Report of the King Institute of Preventive Medicine, Guindy
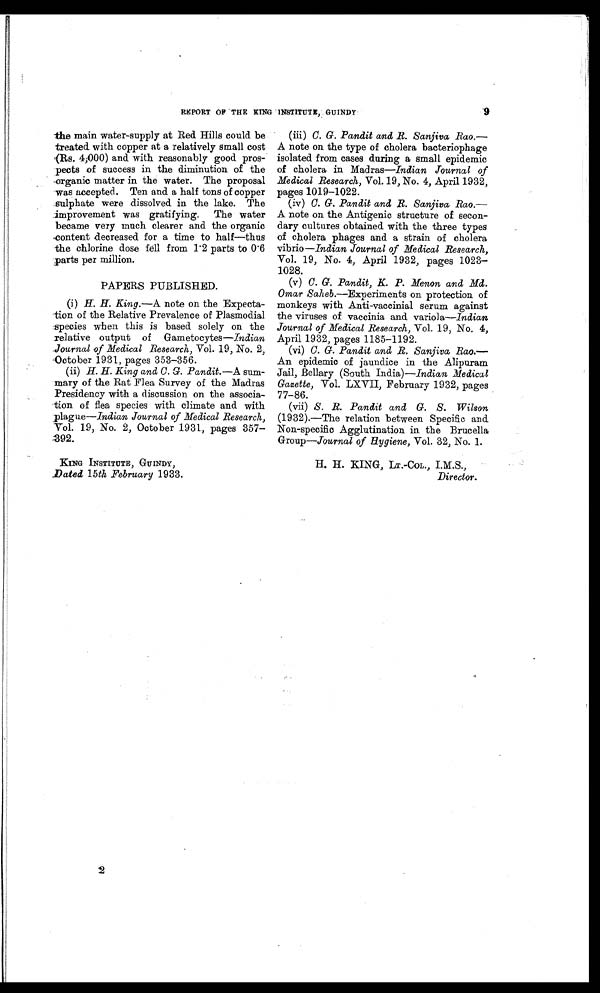
9
REPORT OF THE KING INSTITUTE, GUINDY
the main water-supply at Red Hills could be
treated with copper at a relatively small cost
(Rs. 4,000) and with reasonably good pros--
pects of success in the diminution of the
organic matter in the water. The proposal
was accepted. Ten and a half tons of copper
sulphate were dissolved in the lake. The
improvement was gratifying. The water
became very much clearer and the organic
content decreased for a time to half—thus
the chlorine dose féll from 1.2 parts to 0.6
parts per million.
PAPERS PUBLISHED.
(i) H. H. King.—A note on the Expecta--
tion of the Relative Prevalence of Plasmodial
species when this is based solely on the
relative output of Gametocytes— Indian
Journal of Medical Research, Vol. 19, No. 2,
October 1931, pages 353-356.
(ii)
H . H . K i n g a n d C . G . P a n d i t . —A sum--
mary of the Rat Flea Survey of the Madras
Presidency with a discussion on the associa--
tion of flea species with climate and with
plague—Indian Journal of Medical Research,
Vol. 19, No. 2, October 1931, pages 357-
392.
KING INSTITUTE, GUINDY,
Dated 15th February 1933.
(iii) C. G. Pandit and R. Sanjiva Rao.—
A note on the type of cholera bacteriophage
isolated from cases during a small epidemic
of cholera in Madras—Indian Journal of
Medical Research, Vol. 19, No. 4, April 1932,
pages 1019-1022.
(iv) C. G. Pandit and R. Sanjiva Rao.—
A note on the Antigenic structure of secon--
dary cultures obtained with the three types
of cholera phages and a strain of cholera
vibrio—Indian Journal of Medical Research,
Vol. 19, No. 4, April 1932, pages 1023
- 1 0 2 8 .
(v)
C. G. Pandit, K. P. Menon and Md.
Omar Saheb.—Experiments on protection of
monkeys with Anti-vaccinial serum against
the viruses of vaccinia and variola—Indian
Journal of Medical Research, Vol. 19, No. 4,
April 1932, pages 1185-1192.
(vi) C. G. Pandit and R. Sanjiva Rao.—
An epidemic of jaundice in the Alipuram
Jail, Bellary (South India)—Indian Medical
Gazette, Vol. LXVII, February 1932, pages
77-86.
(vii)
S. R. Pandit and G. S. Wilson
(1932).—The relation between Specific and
Non-specific Agglutination in the Brucella
Group—Journal of Hygiene, Vol. 32, No. 1.
H. H. KING, LT.-CoL., I.M.S.,
Director.